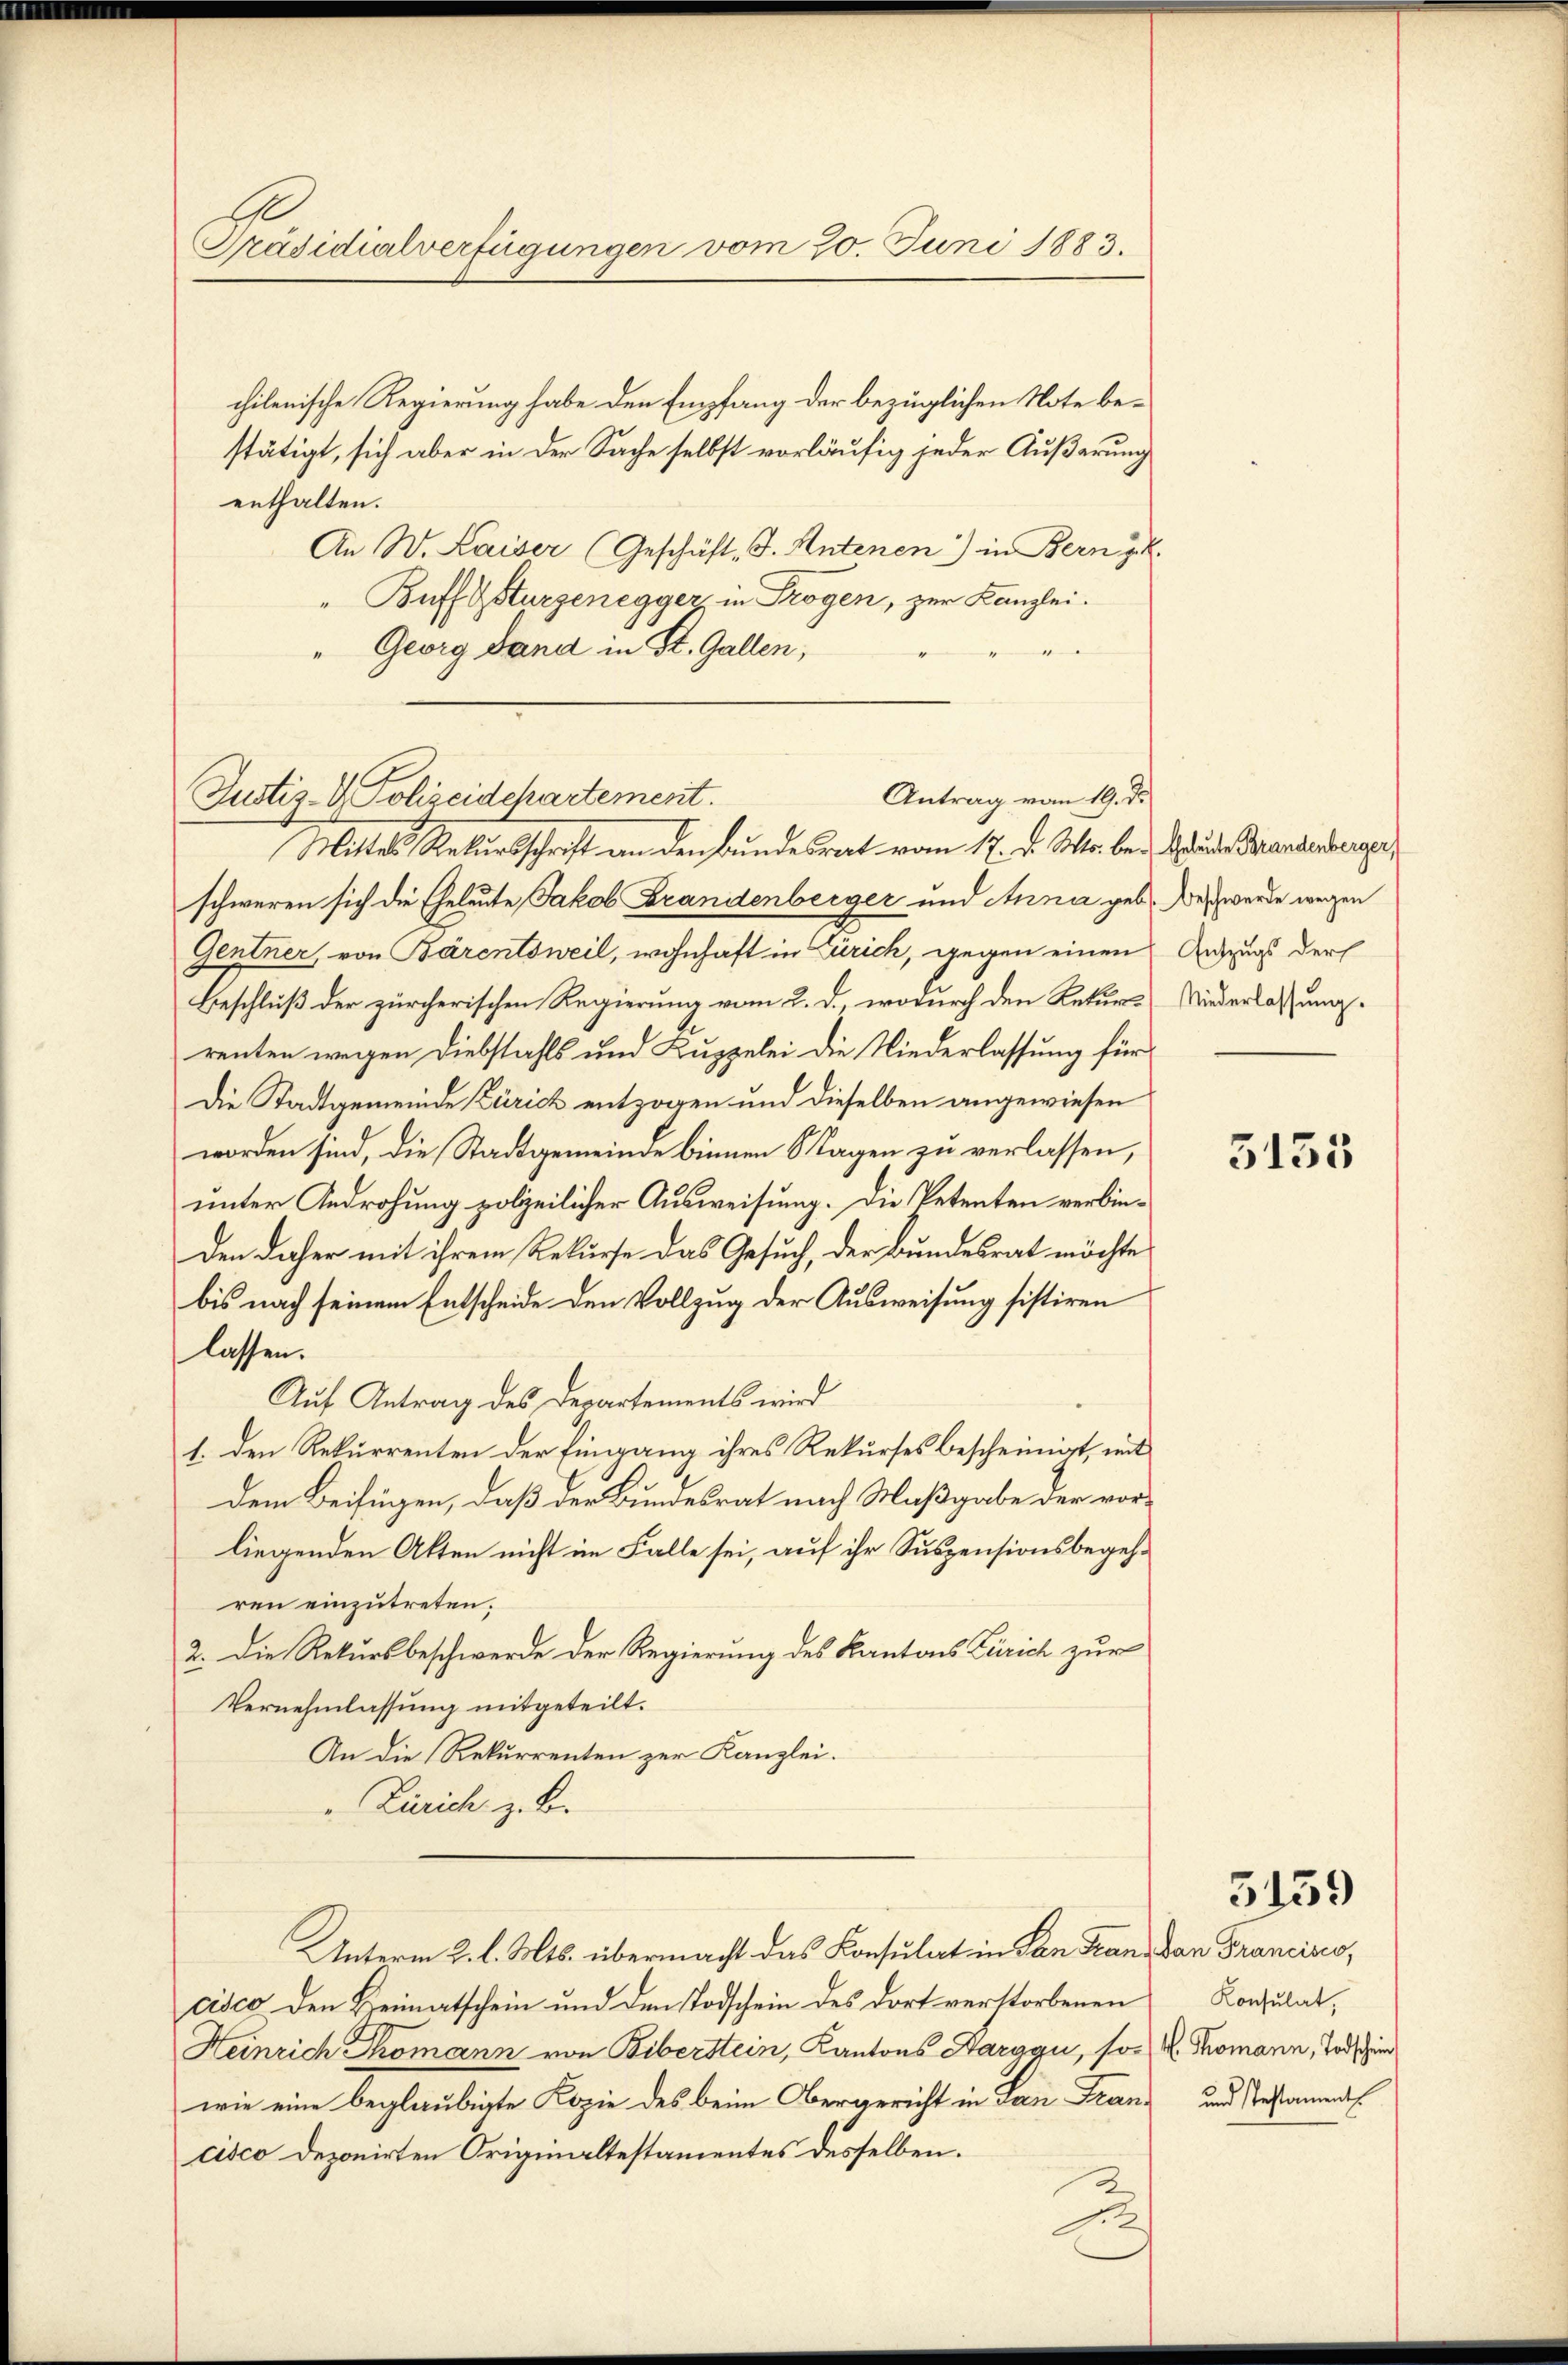
Präsidialverfügungen vom 20. Juni 1883.

chilenische Regierung habe den Empfang der bezüglichen Note bestätigt, sich aber in der Sache selbst vorläufig jeder Äußerung
enthalten.
An W. Kaiser (Geschäft J. Antenen) in Bern gek
"Buff Gurgenegger, in Trogen, zur Kanzlei.
d
Georg Land in St. Gallen,
Antrag vom 19. d.
Justiz- & Polizeidekartement.

Mittels Rekursschrift an den Bundesrat vom 17. d. Ms. bei Stunde andenberger,
schweren sich die Eheleute Jakob Brandenberger und Anna geb. Des werde wegen
Gentner, von Bärentsweil, wohnhaft in Zürich, gegen einen Auszugs der
Beschluß der zürcherischen Regierung vom 2. d., wodurch den Rekurs Niederlassung.
renten wegen Diebstahls und Kuppelei die Niederlassung für
Die Stadtgemeinde Zürich entzogen und dieselben angewiesen
worden sind, die Stadtgemeinde binnen Magen zu verlassen,
unter Androhung polizeilicher Ausweisung. Die Petenten verbinden daher mit ihrem Rekurse das Gesuch, der Bundesrat möchte
bis nach seinem Entscheide den Vollzug der Ausweisung sistiren
lassen.
Auf Antrag des Departements wird
1. den Rekurrenten der Eingang ihres Rekurses bescheinigt, mit
dem Beifügen, daß der Bundesrat nach Maßgabe der vorliegenden Akten nicht im Falle sei, auf ihr Suspensionsbegehren einzutreten.
2. Die Rekursbeschwerde der Regierung des Kantons Zürich zur
Vernehmlassung mitgeteilt.
An die Rekurrenten zur Kanzlei.
Zürich z. B.
Unterm 2. l. Mts. übermacht das Konsulat in San Franadan Francino,
cisco den Heimatschein und den Todschein des dort verstorbenen Konsulat,
Heinrich Thomann von Biberstein, Kantons Aargau, so K. Thomann, Tod ei
wie eine beglaubigte Kopie des beim Obergericht in San Franz und Testament
cisco deponirten Originaltestamentes desselben.
1

3135

3159